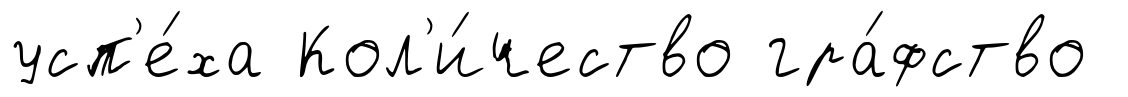
усп'е́ха Кол'и́чество гра́фство